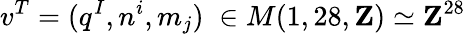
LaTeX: v^{T}=(q^{I},n^{i},m_{j})\; \in M(1,28,{\mathbf Z})\simeq{\mathbf Z}^{28}